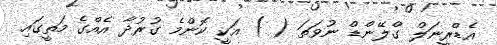
އެޑްރީނަލް ގްލޭންޑް ނުވަތަ ( ) އަކީ ކޮންމެ ގުރުދާ އެއްގެ މަތީގައި